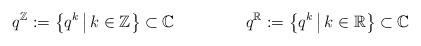
LaTeX: \begin{align*} q^\mathbb{Z} := \left\{ q^k \, \middle| \, k \in \mathbb{Z} \right\} \subset \mathbb{C} && q^\mathbb{R} := \left\{ q^k \, \middle| \, k \in \mathbb{R} \right\} \subset \mathbb{C} \end{align*}